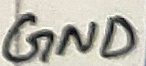
Text: GND